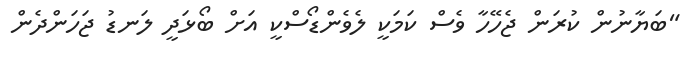
"ބަޔާނުން ކުރަން ޖެހޭހާ ވެސް ކަމަކީ ލެވެންޑޯސްކީ އަށް ބޯޅަދީ ލަނޑު ޖަހަންދެން